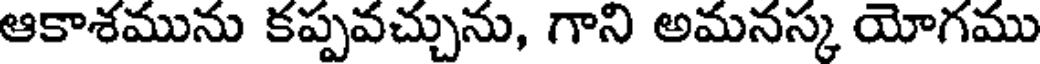
ఆకాశమును కప్పవచ్చును, గాని అమనస్క యోగము